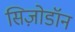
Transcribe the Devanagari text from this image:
सिज़ोडॉन